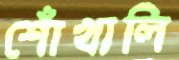
শোঁখালি